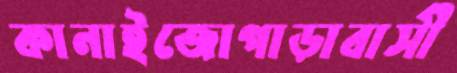
কানাইজোপাড়াবাসী